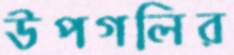
উপগলির